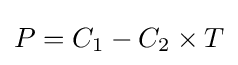
P=C_{1}-C_{2}\times T